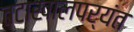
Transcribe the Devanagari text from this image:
तटाखालपर्यंत